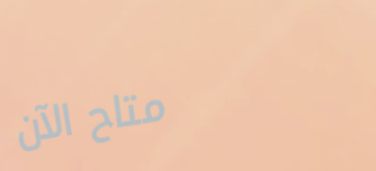
متاح الآن